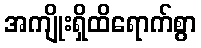
အကျိုးရှိထိရောက်စွာ